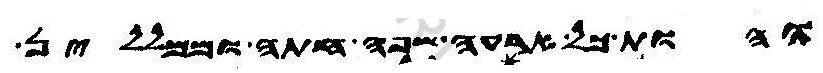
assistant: והות כל ארעה שפה חתה וממללין